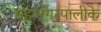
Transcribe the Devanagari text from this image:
महानगरपालीके